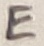
Text: E